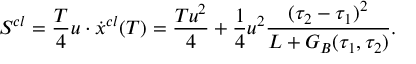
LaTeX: S ^ { c l } = { \frac { T } { 4 } } u \cdot \dot { x } ^ { c l } ( T ) = \frac { T u ^ { 2 } } { 4 } + { \frac { 1 } { 4 } } u ^ { 2 } \frac { ( \tau _ { 2 } - \tau _ { 1 } ) ^ { 2 } } { L + G _ { B } ( \tau _ { 1 } , \tau _ { 2 } ) } .